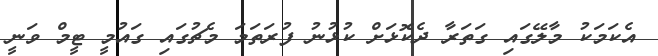
އެކަމަކު މާލޭގައި ގަތަރާ ދެކޮޅަށް ކުޅުނު ފުރަތަމަ މެޗުގައި ގައުމީ ޓީމް ވަނީ